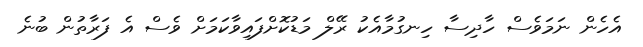
އެހެން ނަމަވެސް ހާދިސާ ހިނގުމާއެކު ރޭލް މަޑުކޮށްފައިވާކަމަށް ވެސް އެ ފަރާތުން ބުނެ